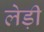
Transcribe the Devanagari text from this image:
लेड़ी